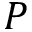
P